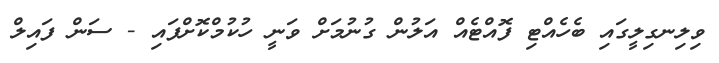
ވިލިނގިލީގައި ބެހެއްޓި ފޮއްޓެއް އަލުން ގުނުމަށް ވަނީ ހުކުމްކޮށްފައި - ސަން ފައިލް